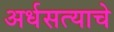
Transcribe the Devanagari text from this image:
अर्धसत्याचे